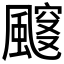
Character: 𱃈